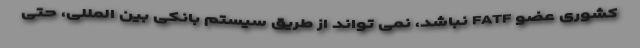
کشوری عضو FATF نباشد، نمی تواند از طریق سیستم بانکی بین المللی، حتی